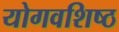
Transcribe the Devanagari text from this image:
योगवशिष्ठ